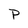
Character: P